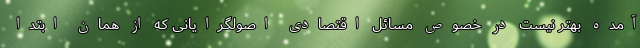
آمده بهتر نیست در خصوص مسائل اقتصادی اصولگرایانی که از همان ابتدا